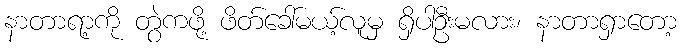
နာတာရာ့ကို တွဲကဖို့ ဖိတ်ခေါ်မယ့်လူမှ ရှိပါဦးမလား၊ နာတာရှာတော့